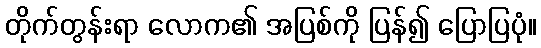
တိုက်တွန်းရာ လောက၏ အပြစ်ကို ပြန်၍ ပြောပြပုံ။